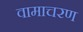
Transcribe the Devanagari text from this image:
वामाचरण